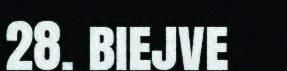
28. biejve